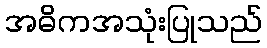
အဓိကအသုံးပြုသည်